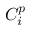
C _ { i } ^ { p }